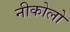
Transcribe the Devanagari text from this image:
नीकोलो